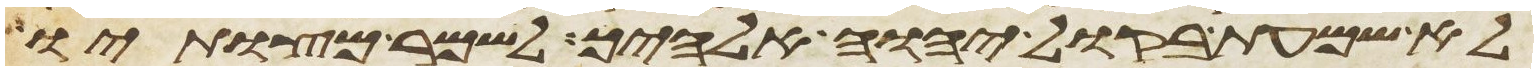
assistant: לא שמעת בקול יהוה אלהיך לשמר מצותיו